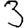
Digit: 3